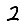
Digit: 2